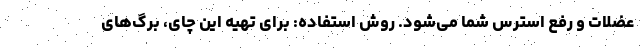
عضلات و رفع استرس شما می‌شود. روش استفاده: برای تهیه این چای، برگ‌های